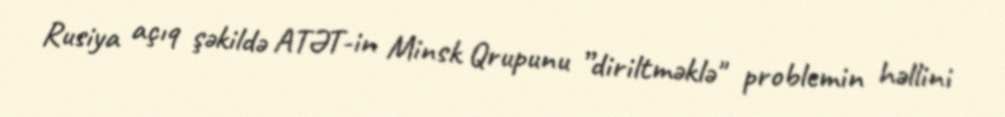
Rusiya açıq şəkildə ATƏT-in Minsk Qrupunu ”diriltməklə" problemin həllini